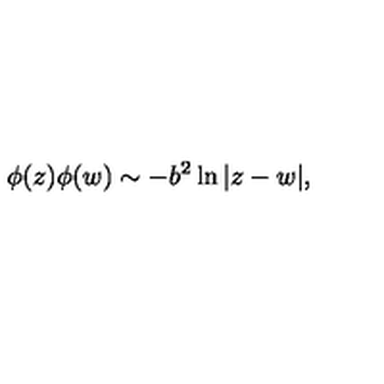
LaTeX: \phi ( z ) \phi ( w ) \sim - b ^ { 2 } \ln | z - w | ,